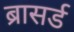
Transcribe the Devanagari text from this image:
ब्रासर्ड